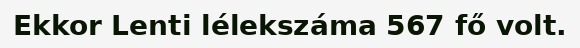
Ekkor Lenti lélekszáma 567 fő volt.